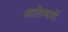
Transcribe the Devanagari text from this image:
आलेमनों